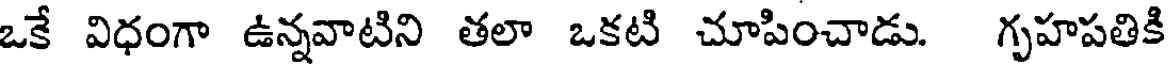
ఒకే విధంగా ఉన్నవాటిని తలా ఒకటి చూపించాడు. గృహపతికి